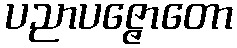
ပညာပဇ္ဇောတော